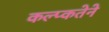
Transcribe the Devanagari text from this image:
कल्प्कतेने